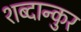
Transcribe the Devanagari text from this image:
शब्दान्कुर